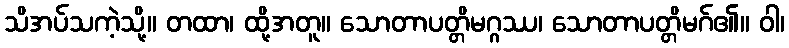
သိအပ်သကဲ့သို့။ တထာ၊ ထို့အတူ။ သောတာပတ္တိမဂ္ဂဿ၊ သောတာပတ္တိမဂ်၏။ ဝါ၊